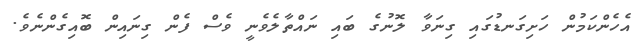
އެހެންކަމުން ހަށިގަނޑުގައި ގިނަވާ ލޮނުގެ ބައި ނައްތާލެވެނީ ވެސް ފެން ގިނައިން ބޮއިގެންނެވެ.